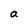
Character: a